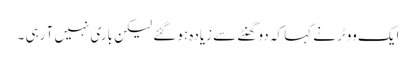
ایک ووٹر نے کہا کہ دو گھنٹے سے زیادہ ہو گئے لیکن باری نہیں آ رہی ۔